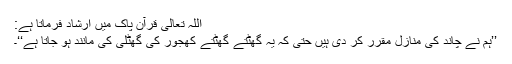
اللہ تعالی قرآن پاک میں ارشاد فرماتا ہے:
’’ہم نے چاند کی منازل مقرر کر دی ہیں حتی کہ یہ گھٹتے گھٹتے کھجور کی گھٹلی کی مانند ہو جاتا ہے‘‘۔